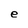
Character: e